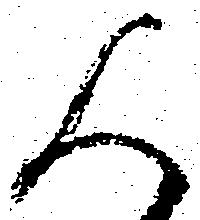
人